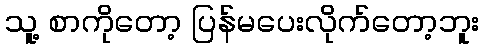
သူ့ စာကိုတော့ ပြန်မပေးလိုက်တော့ဘူး